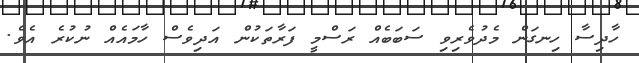
ހާދިސާ ހިނގަން މެދުވެރިވި ސަބަބެއް ރަސްމީ ފަރާތަކުން އަދިވެސް ހާމައެއް ނުކުރެ އެވެ.